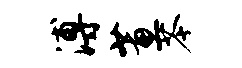
溥蕙苓